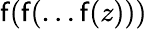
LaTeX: \mathsf{f}(\mathsf{f}(\dots\mathsf{f}(z)))